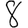
Digit: 8